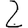
Digit: 2